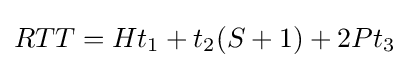
RTT=Ht_{1}+t_{2}(S+1)+2Pt_{3}